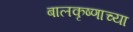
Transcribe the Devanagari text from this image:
बालकृष्णाच्या